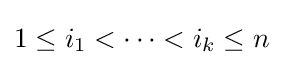
1\leq i_{1}<\cdots <i_{k}\leq n